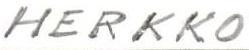
HERKKO